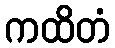
ကထိတံ